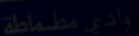
وادي مطماطة